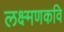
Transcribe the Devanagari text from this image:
लक्ष्मणकवि